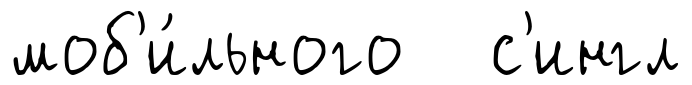
моб'и́льного с'ингл